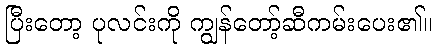
ပြီးတော့ ပုလင်းကို ကျွန်တော့်ဆီကမ်းပေး၏။